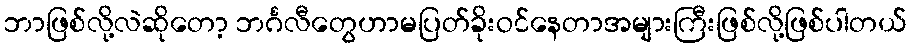
ဘာဖြစ်လို့လဲဆိုတော့ ဘင်္ဂလီတွေဟာမပြတ်ခိုးဝင်နေတာအများကြီးဖြစ်လို့ဖြစ်ပါတယ်